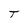
Character: T